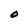
Character: O